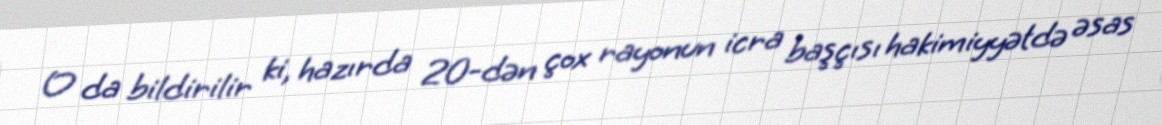
O da bildirilir ki, hazırda 20-dən çox rayonun icra başçısı hakimiyyətdə əsas